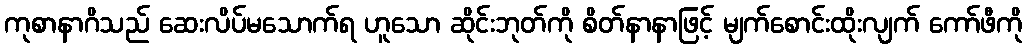
ကုစာနာဂိသည် ဆေးလိပ်မသောက်ရ ဟူသော ဆိုင်းဘုတ်ကို စိတ်နာနာဖြင့် မျက်စောင်းထိုးလျက် ကော်ဖီကို